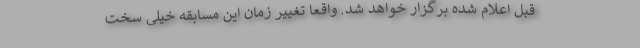
قبل اعلام شده برگزار خواهد شد. واقعا تغییر زمان این مسابقه خیلی سخت